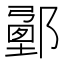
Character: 𨞉